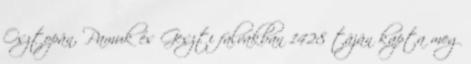
Osztopán, Pamuk és Geszti falvakban 1428 táján kapta meg